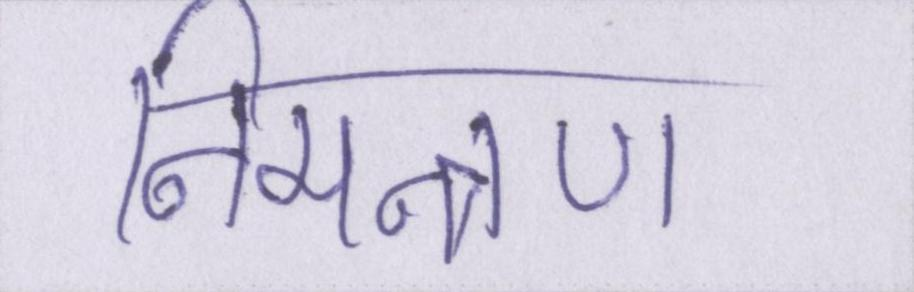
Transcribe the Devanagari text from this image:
निमन्त्रण